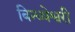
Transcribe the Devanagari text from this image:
बिन्ध्येश्वरी